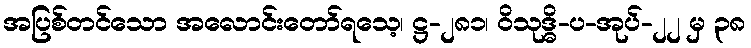
အပြစ်တင်သော အလောင်းတော်ရသေ့၊ ဋ္ဌ-၂၈၁၊ ဝိသုဒ္ဓိ-ပ-အုပ်-၂၂ မှ ၃၈